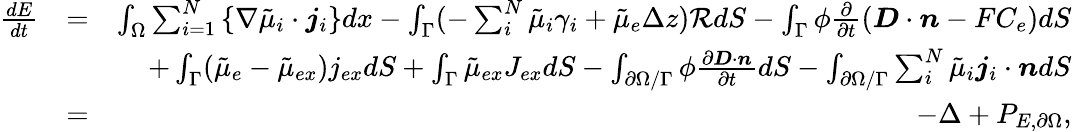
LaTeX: \begin{array}{rlr}{\frac{dE}{dt}}&{=}&{\int_{\Omega}\sum_{i=1}^{N}\left\{ \nabla\tilde{\mu}_{i}\cdot\boldsymbol{j}_{i}\right\} dx-\int_{\Gamma}(-\sum_{i}^{N}\tilde{\mu}_{i}\gamma_{i}+\tilde{\mu}_{e}\Delta z)\mathcal{R}dS-\int_{\Gamma}\phi\frac{\partial}{\partial t}\left(\boldsymbol{D}\cdot\boldsymbol{n}-FC_{e}\right)dS}\\ &{}&{+\int_{\Gamma}(\tilde{\mu}_{e}-\tilde{\mu}_{ex})j_{ex}dS+\int_{\Gamma}\tilde{\mu}_{ex}J_{ex}dS-\int_{\partial\Omega/\Gamma}\phi\frac{\partial\boldsymbol{D}\cdot\boldsymbol{n}}{\partial t}dS-\int_{\partial\Omega/\Gamma}\sum_{i}^{N}\tilde{\mu}_{i}\boldsymbol{j}_{i}\cdot\boldsymbol{n}dS}\\ &{=}&{-\Delta+P_{E,\partial\Omega},}\end{array}